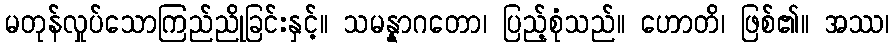
မတုန်လှုပ်သောကြည်ညိုခြင်းနှင့်။ သမန္နာဂတော၊ ပြည့်စုံသည်။ ဟောတိ၊ ဖြစ်၏။ အဿ၊